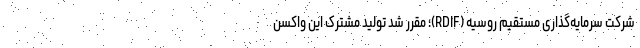
شرکت سرمایه‌گذاری مستقیم روسیه (RDIF)؛ مقرر شد تولید مشترک این واکسن